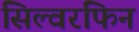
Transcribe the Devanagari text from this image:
सिल्वरफिन